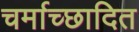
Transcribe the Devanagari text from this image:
चर्माच्छादित